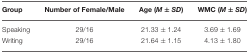
<table><thead><tr><td><b>Group</b></td><td><b>Number of Female/Male</b></td><td><b>Age (<i>M</i> ±<i>SD</i>)</b></td><td><b>WMC (<i>M</i> ±<i>SD</i>)</b></td></tr></thead><tbody><tr><td>Speaking</td><td>29/16</td><td>21.33 ± 1.24</td><td>3.69 ± 1.69</td></tr><tr><td>Writing</td><td>29/16</td><td>21.64 ± 1.15</td><td>4.13 ± 1.80</td></tr></tbody></table>